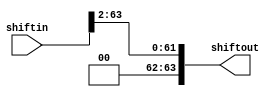
module shiftleft2 ( shiftin , shiftout );


      input [63:0] shiftin;
      output [63:0] shiftout;


          assign shiftout = shiftin >> 2 ;


endmodule